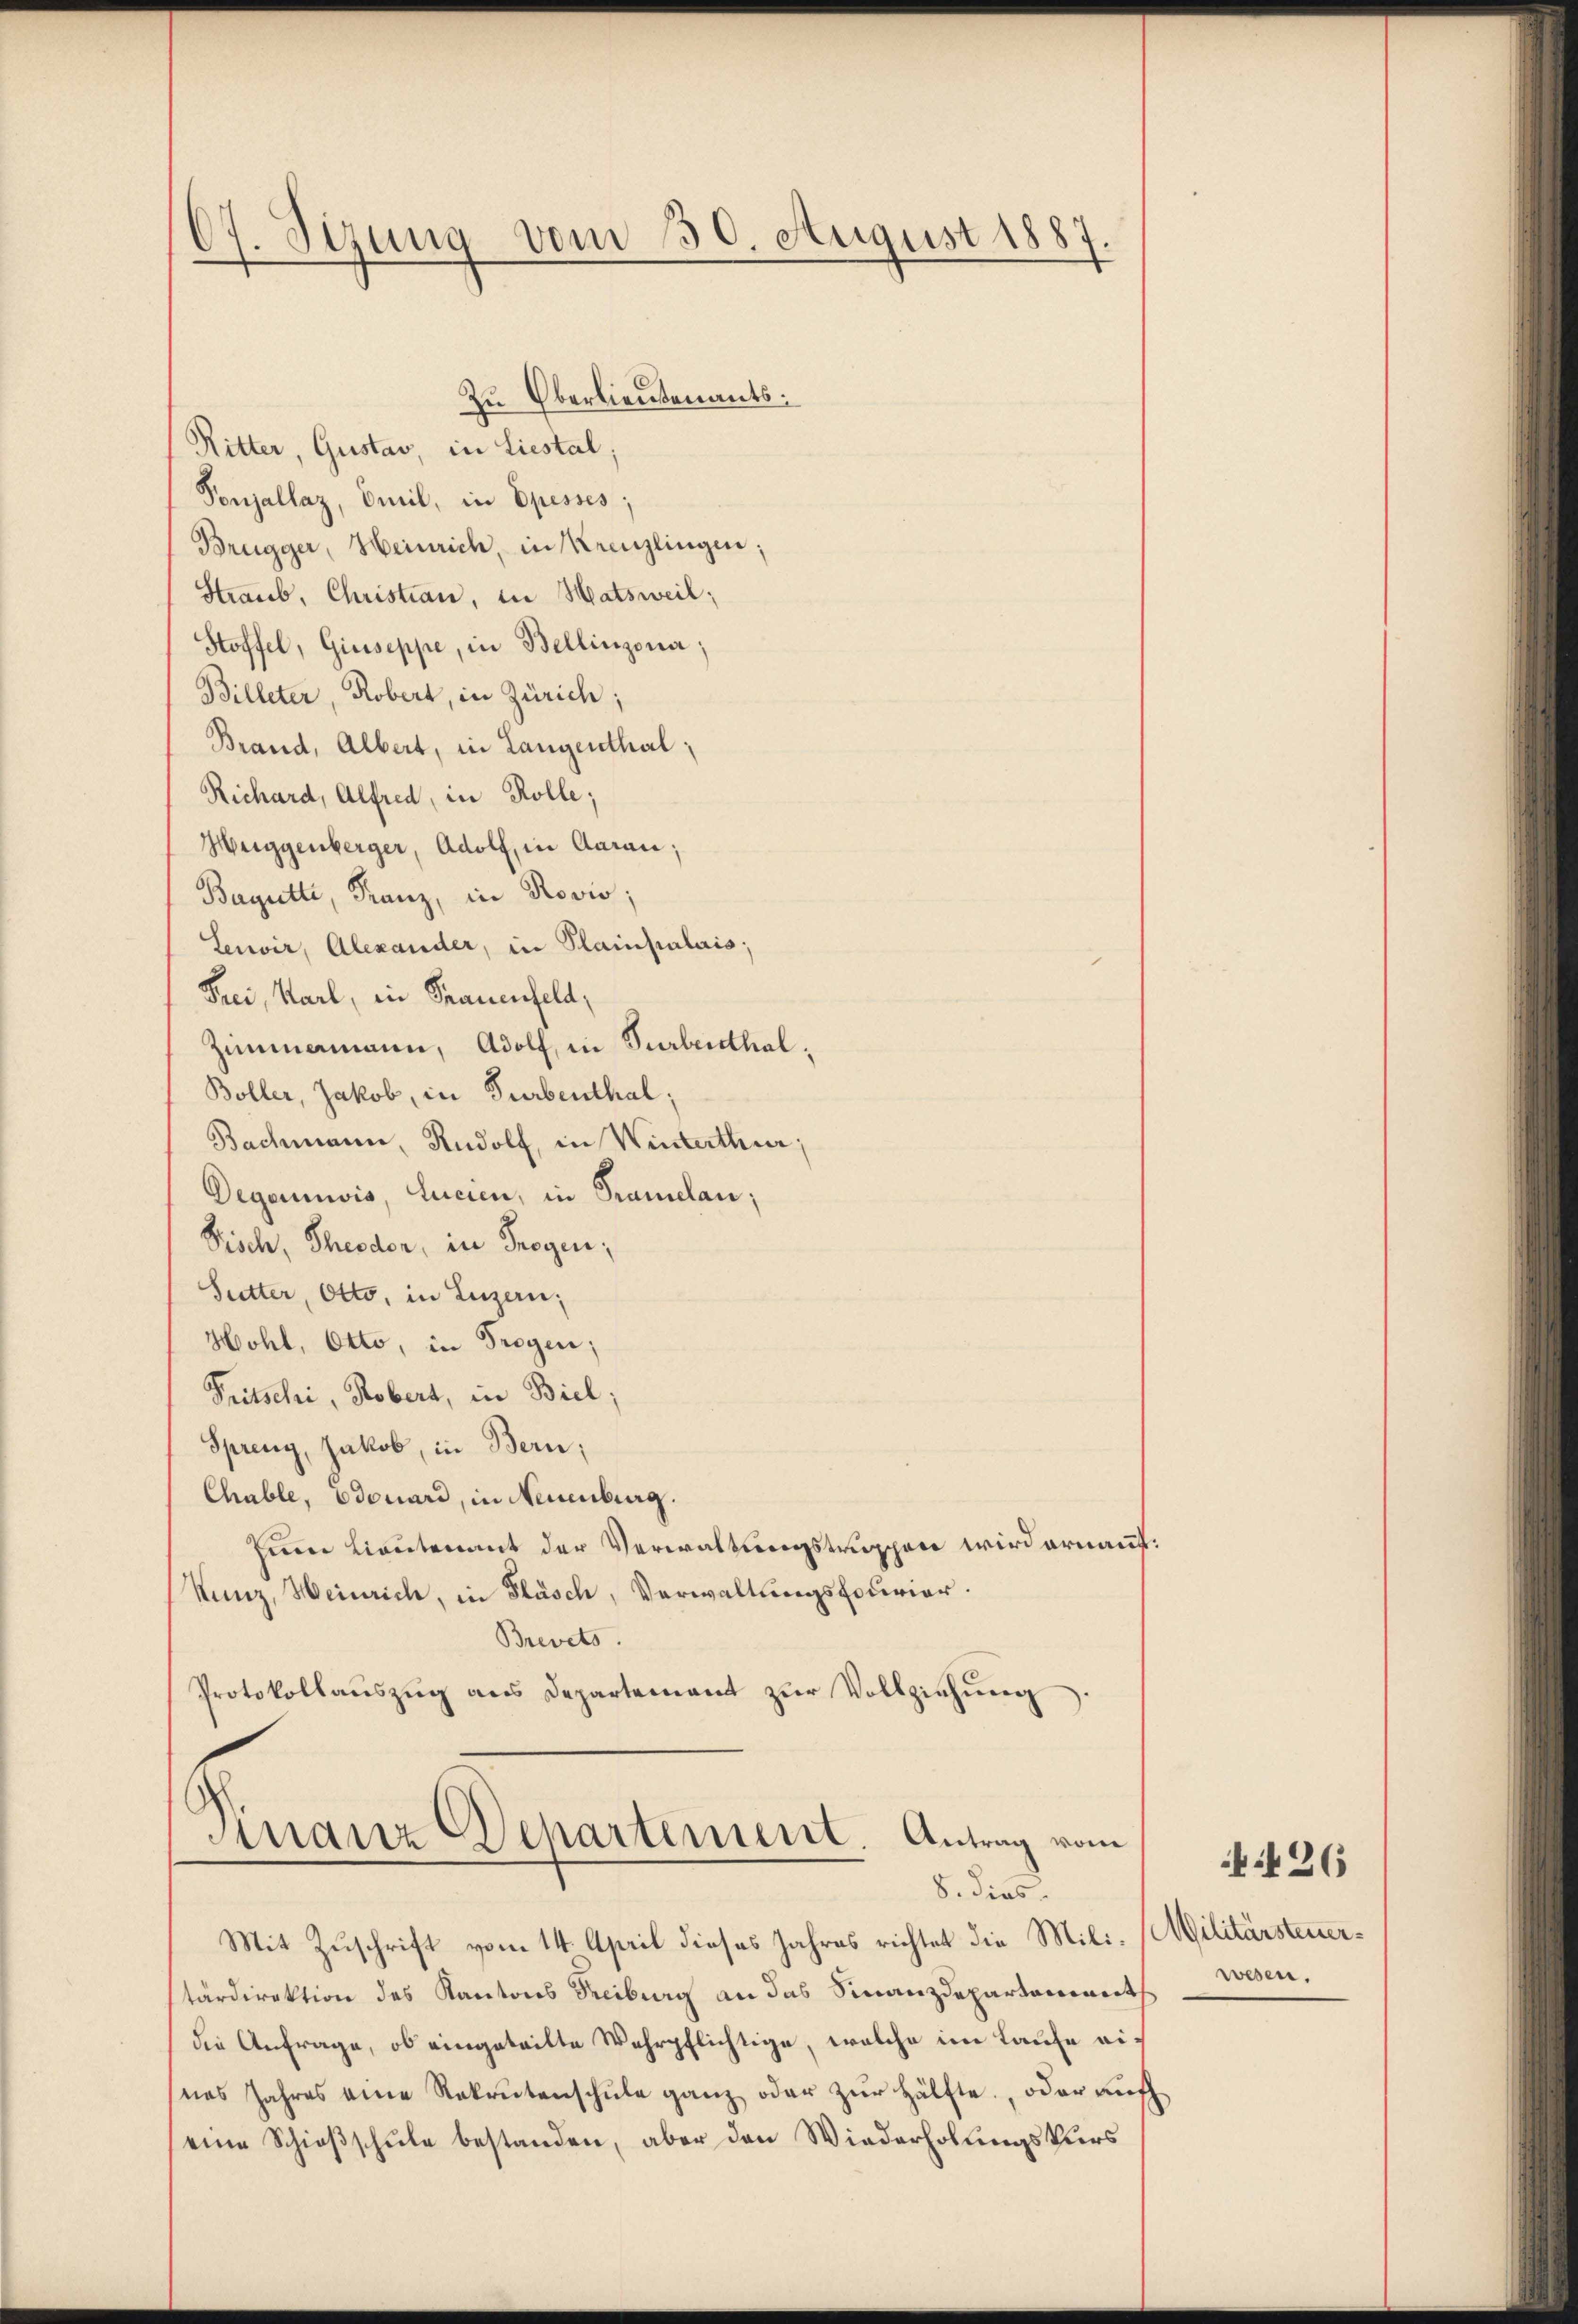
67. Sizung vom 30. August 1887

Zu Oberlieutenants:
Ritter, Gustav, in Liestal,
Ponjallaz, Emil, in Spesses;
Brügger, Heinrich, in Kreuzlingen;
Straub, Christian, in Hatsweil;
Stoffel, Giuseppe, in Bellinzona,
Billeter, Robert, in Zürich;
Brand, Albert, in Langenthal,
Richard, Alfred, in Rolle;
Huggenberger, Adolf, in Aarau;
Bagutt, Franz, in Rovio;
Lenvir, Alexander, in Plainpalais;
Frei, Karl, in Frauenfeld,
Zimamann, Adolf, in Turbenthal¬
Böller, Jakob, in Turbenthal;
Bachmann, Rudolf, in Winterthur;
Degarnis, Lucien, in Tramelan;
Pisch, Theodor, in Trogen,
Sutter, Otto, in Luzern,
Hohl, Otto, in Trogen;
Tritschi, Robert, in Biel;
Spreng, Jakob, in Bern;
Chable, Odouard, in Neuenburg.
znen Lieutenant der Verwaltungstruppen wird ernauf
Kunz, Heinrich, in Fläsch, Verwaltungsfourier.
Brevets.
Protokollauszug aus Departement zur Vollziehung

Finanz Dehartement. Antrag vom
8. dies

Mit Zuschrift vom 14. April dieses Jahres richtet die Mili-Militärsteuertärdirektion des Kantons Treiburg an das Finanzdepartement
die Anfrage, ob eingeteilte Wehrpflichtige, welche im Laufe eines Jahres eine Rekrutenschŭle ganz oder zŭr Hälfte, oder auf
eine Schießschule bestanden, aber den Wiederholungskurs

wesen.

26